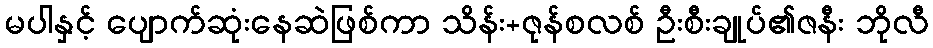
မပါနှင့် ပျောက်ဆုံးနေဆဲဖြစ်ကာ သိန်း+ဇုန်စလစ် ဦးစီးချုပ်၏ဇနီး ဘိုလီ